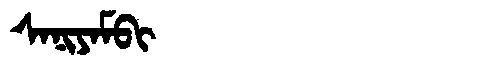
Manchu: ᠰᠠᠨᡳᠶᠠᠮᠪᡳ
Romanization: SANIYAMBI